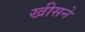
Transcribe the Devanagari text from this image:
खीसने